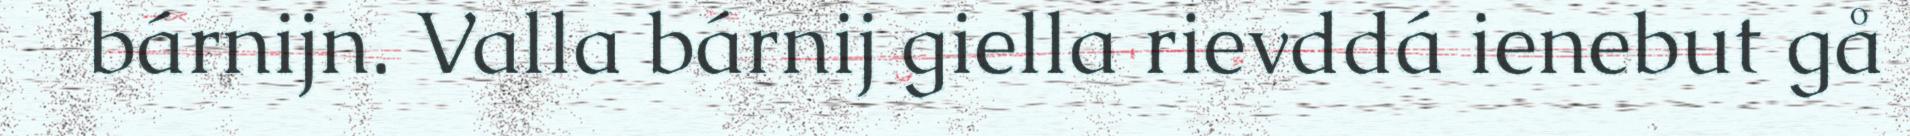
bárnijn. Valla bárnij giella rievddá ienebut gå